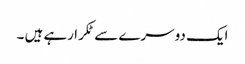
ایک دوسرے سے ٹکرا رہے ہیں ۔